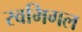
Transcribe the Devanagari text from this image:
स्वमिगल